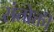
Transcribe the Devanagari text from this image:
संतोक्ती